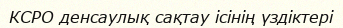
КСРО денсаулық сақтау ісінің үздіктері